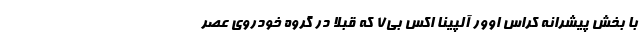
با بخش پیشرانه کراس اوور آلپینا اکس بی7 که قبلا در گروه خودروی عصر